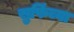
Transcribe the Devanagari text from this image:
सुफिंच्या